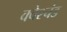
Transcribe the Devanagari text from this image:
क्वेश्चंड